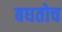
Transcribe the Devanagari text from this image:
बघतोच